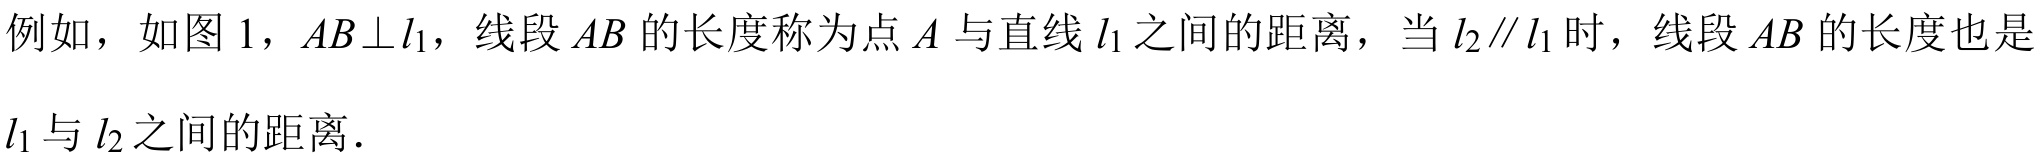
例如，如图 1，$AB\perp l_{1}$，线段$AB$的长度称为点$A$与直线$l_{1}$之间的距离，当$l_{2}\parallel l_{1}$时，线段$AB$的长度也是$l_{1}$与$l_{2}$之间的距离.